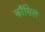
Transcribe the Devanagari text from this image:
काँसिल